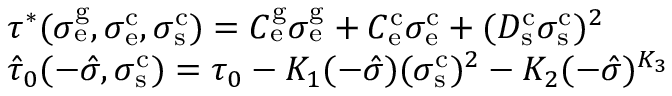
\begin{array} { r l } & { \tau ^ { * } ( \sigma _ { \mathrm { e } } ^ { \mathrm { g } } , \sigma _ { \mathrm { e } } ^ { \mathrm { c } } , \sigma _ { \mathrm { s } } ^ { \mathrm { c } } ) = C _ { \mathrm { e } } ^ { \mathrm { g } } \sigma _ { \mathrm { e } } ^ { \mathrm { g } } + C _ { \mathrm { e } } ^ { \mathrm { c } } \sigma _ { \mathrm { e } } ^ { \mathrm { c } } + ( D _ { \mathrm { s } } ^ { \mathrm { c } } \sigma _ { \mathrm { s } } ^ { \mathrm { c } } ) ^ { 2 } } \\ & { \hat { \tau } _ { 0 } ( - \hat { \sigma } , \sigma _ { \mathrm { s } } ^ { \mathrm { c } } ) = \tau _ { 0 } - K _ { 1 } ( - \hat { \sigma } ) ( \sigma _ { \mathrm { s } } ^ { \mathrm { c } } ) ^ { 2 } - K _ { 2 } ( - \hat { \sigma } ) ^ { K _ { 3 } } } \end{array}